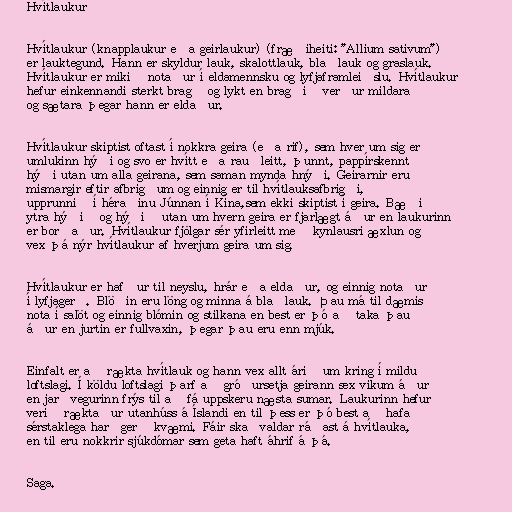
Hvítlaukur

Hvítlaukur (knapplaukur eða geirlaukur) (fræðiheiti: "Allium sativum")
er lauktegund. Hann er skyldur lauk, skalottlauk, blaðlauk og graslauk.
Hvítlaukur er mikið notaður í eldamennsku og lyfjaframleiðslu. Hvítlaukur
hefur einkennandi sterkt bragð og lykt en bragðið verður mildara
og sætara þegar hann er eldaður.

Hvítlaukur skiptist oftast í nokkra geira (eða rif), sem hver um sig er
umlukinn hýði og svo er hvítt eða rauðleitt, þunnt, pappírskennt
hýði utan um alla geirana, sem saman mynda hnýði. Geirarnir eru
mismargir eftir afbrigðum og einnig er til hvítlauksafbrigði,
upprunnið í héraðinu Júnnan í Kína,sem ekki skiptist í geira. Bæði
ytra hýðið og hýðið utan um hvern geira er fjarlægt áður en laukurinn
er borðaður. Hvítlaukur fjölgar sér yfirleitt með kynlausri æxlun og
vex þá nýr hvítlaukur af hverjum geira um sig.

Hvítlaukur er hafður til neyslu, hrár eða eldaður, og einnig notaður
í lyfjagerð. Blöðin eru löng og minna á blaðlauk. Þau má til dæmis
nota í salöt og einnig blómin og stilkana en best er þó að taka þau
áður en jurtin er fullvaxin, þegar þau eru enn mjúk.

Einfalt er að rækta hvítlauk og hann vex allt árið um kring í mildu
loftslagi. Í köldu loftslagi þarf að gróðursetja geirann sex vikum áður
en jarðvegurinn frýs til að fá uppskeru næsta sumar. Laukurinn hefur
verið ræktaður utanhúss á Íslandi en til þess er þó best að hafa
sérstaklega harðgerð kvæmi. Fáir skaðvaldar ráðast á hvítlauka,
en til eru nokkrir sjúkdómar sem geta haft áhrif á þá.

Saga.